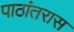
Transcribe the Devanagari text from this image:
पाठांतरास